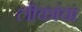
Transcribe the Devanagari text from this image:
लीकांचा